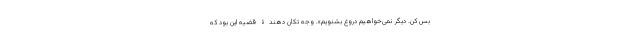
بس کن. دیگر نمی‌خواهیم دروغ بشنویم». وجه تکان دهندۀ قضیه این بود که